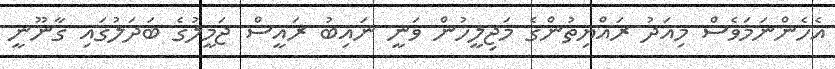
އެހެންނަމަވެސް މިއަދު ރައްޔިތުންގެ މަޖިލީހުން ވަނީ ނައިބު ރައީސް ޖަމީލުގެ ބަދަލުގައި ގާނޫނީ